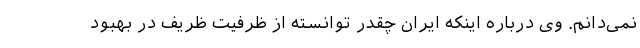
نمی‌دانم. وی درباره اینکه ایران چقدر توانسته از ظرفیت‌ ظریف در بهبود